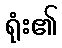
ရုံး၏